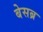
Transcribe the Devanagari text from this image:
बेसब्र